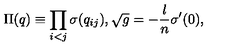
\Pi ( q ) \equiv \prod _ { i < j } \sigma ( q _ { i j } ) , \sqrt { g } = - \frac { l } { n } \sigma ^ { \prime } ( 0 ) ,